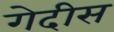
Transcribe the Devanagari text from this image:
गेदीस